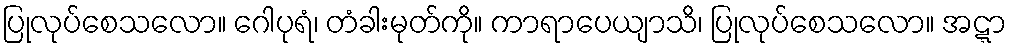
ပြုလုပ်စေသလော။ ဂေါပုရံ၊ တံခါးမုတ်ကို။ ကာရာပေယျာသိ၊ ပြုလုပ်စေသလော။ အဋ္ဋာ